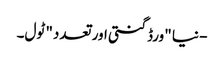
- نیا "ورڈ گنتی اور تعدد" ٹول۔